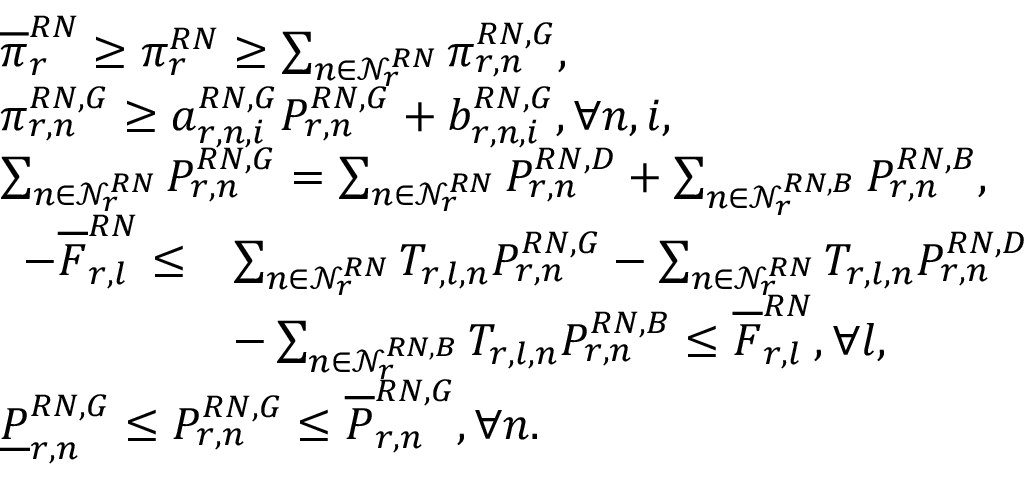
\begin{array} { r l } & { \overline { { \pi } } _ { r } ^ { R N } \ge \pi _ { r } ^ { R N } \ge \sum _ { n \in \mathcal { N } _ { r } ^ { R N } } \pi _ { r , n } ^ { R N , G } , } \\ & { \pi _ { r , n } ^ { R N , G } \ge a _ { r , n , i } ^ { R N , G } P _ { r , n } ^ { R N , G } + b _ { r , n , i } ^ { R N , G } , \forall n , i , } \\ & { \sum _ { n \in \mathcal { N } _ { r } ^ { R N } } P _ { r , n } ^ { R N , G } = \sum _ { n \in \mathcal { N } _ { r } ^ { R N } } P _ { r , n } ^ { R N , D } + \sum _ { n \in \mathcal { N } _ { r } ^ { R N , B } } P _ { r , n } ^ { R N , B } , } \\ & { \begin{array} { r l } { - \overline { { F } } _ { r , l } ^ { R N } \leq } & { \sum _ { n \in \mathcal { N } _ { r } ^ { R N } } T _ { r , l , n } P _ { r , n } ^ { R N , G } - \sum _ { n \in \mathcal { N } _ { r } ^ { R N } } T _ { r , l , n } P _ { r , n } ^ { R N , D } } \\ & { - \sum _ { n \in \mathcal { N } _ { r } ^ { R N , B } } T _ { r , l , n } P _ { r , n } ^ { R N , B } \leq \overline { { F } } _ { r , l } ^ { R N } , \forall l , } \end{array} } \\ & { \underline { { P } } _ { r , n } ^ { R N , G } \leq P _ { r , n } ^ { R N , G } \leq \overline { { P } } _ { r , n } ^ { R N , G } , \forall n . } \end{array}